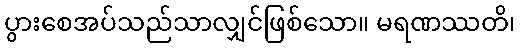
ပွားစေအပ်သည်သာလျှင်ဖြစ်သော။ မရဏဿတိ၊